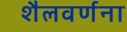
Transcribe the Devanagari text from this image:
शैलवर्णना